Vaccination United Provinces of Agra and Oudh 1923-1928 - 1923-1928
Year: 1923
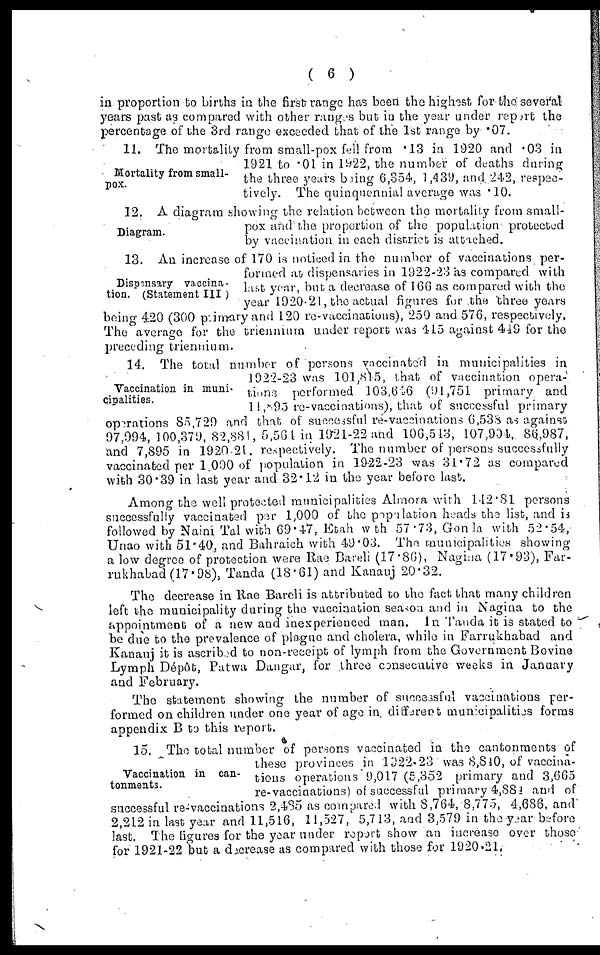
( 6 )
in proportion to births in the first range has been the highest for the several
years past as compared with other ranges but in the year under report the
percentage of the 3rd range exceeded that of the 1st range by .07.
Mortality from small-
pox.
11. The mortality from small-pox fel l from .13 in 1920 and .03 in
1921 to .01 in 1922, the number of deaths during
the three years being 6,354, 1,439, and 242, respec-
tively. The quinquennial average was .10.
Diagram.
12. A diagram showing the relation between the mortality from small-
pox and the proportion of the population protected
by vaccination in each district is attached.
Dispensary vaccina-
tion. (Statement III )
13. An increase of 170 is noticed in the number of vaccinations per-
formed at dispensaries in 1922-23 as compared with
last year, but a decrease of 166 as compared with the
year 1920-21, the actual figures for the three years
being 420 (300 primary and 120 re-vaccinations), 250 and 576, respectively.
The average for the triennium under report was 415 against 449 for the
preceding triennium.
Vaccination in muni-
cipalities.
14. The total number of persons vaccinated in municipalities in
1922-23 was 101,815, that of vaccination opera-
tions performed 103,646 (91,751 primary and
11 ,895 re-vaccinations), that of successful primary
operations 85,729 and that of successful re-vaccinations 6,538 as against
97,994, 100,379, 82,881, 5,564 in 1921-22 and 106,513, 107,904, 86,987,
and 7,895 in 1920-21. respectively. The number of persons successfully
vaccinated per 1,000 of population in 1922-23 was 31.72 as compared
with 30.39 in last year and 32.12 in the year before last.
Among the well protected municipalities Almora wilh 142.81 persons
successfully vaccinated per 1,000 of the population heads the list, and is
followed by Naini Tal with 69.47, Etah with 57.73, Gonda with 52.54,
Unao with 51.40, and Bahraich with 49.03. The muncipalities showing
a low degree of protection were Rae Bareli (17.86), Nagina (17.93), Far-
rukhabad (17.98), Tanda (18.61) and Kanauj 20.32.
The decrease in Rae Bareli is attributed to the fact that many children
left the municipality during the vaccination season and in Nagina to the
appointment of a new and inexperienced man. In Tanda it is stated to
be due to the prevalence of plague and cholera, while in Farrukhabad and
Kanauj it is ascribed to non-receipt of lymph from the Government Bovine
Lymph Dépôt, Patwa Dangar, for three consecutive weeks in January
and February.
The statement showing the number of successful vaccinations per-
formed on children under one year of age in different municipalities forms
appendix B to this report.
Vaccination in can-
tonments.
15. The total number of persons vaccinated in the cantonments of
these provinces in 1922-23 was 8,840, of vaccina-
tions operations 9,017 (5,352 primary and 3,665
re-vaccinations) of successful primary 4,884 and of
successful re-vaccinations 2,485 as compared with 8,764, 8,775, 4,686, and
2,212 in last year and 11,516, 11,527, 5,713, and 3,579 in the year before
last. The figures for the year under report show an increase over those
for 1921-22 but a decrease as compared with those for 1920-21.